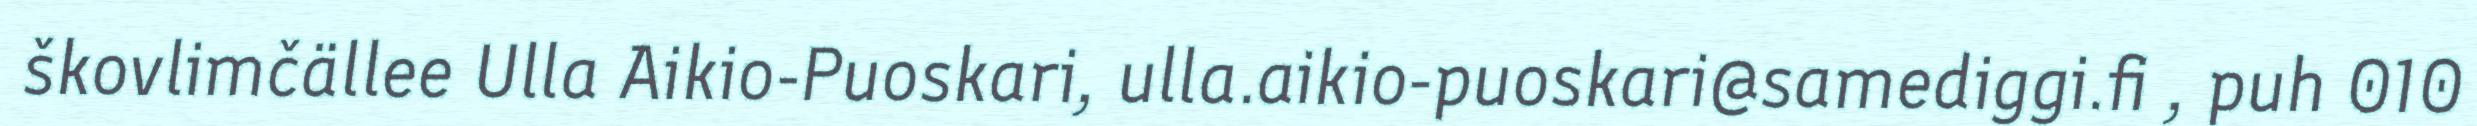
škovlimčällee Ulla Aikio-Puoskari, ulla.aikio-puoskari@samediggi.fi , puh 010